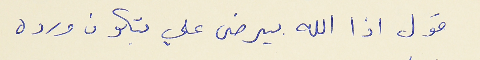
قول اذا الله بيرضى علي بتكون ورده